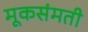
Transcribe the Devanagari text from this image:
मूकसंमती